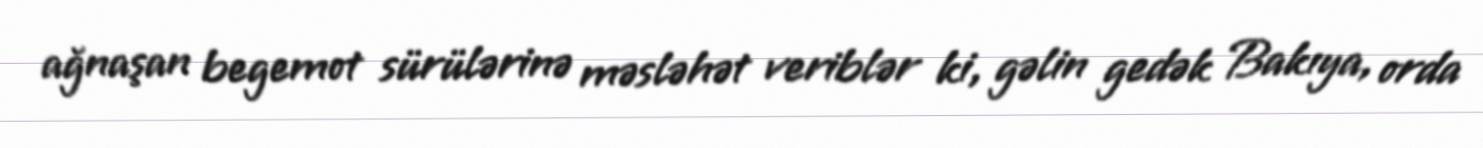
ağnaşan begemot sürülərinə məsləhət veriblər ki, gəlin gedək Bakıya, orda